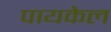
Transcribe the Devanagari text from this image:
पायकेल